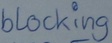
Text: blocking